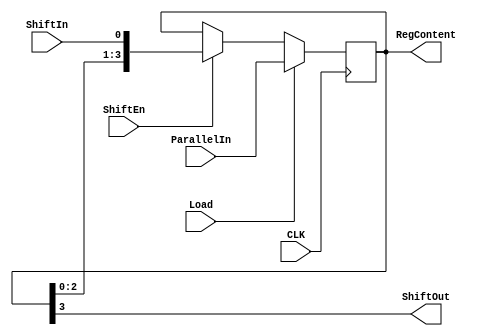
`timescale 1ns / 1ps

module fourbit_left_shift_register(CLK, ParallelIn, Load, ShiftEn, ShiftIn, RegContent, ShiftOut);

// Define external wires
input CLK;
input wire [3:0] ParallelIn;
input wire [0:0] Load;
input wire [0:0] ShiftEn;
input wire [0:0] ShiftIn;
output wire [3:0] RegContent;
output wire [0:0] ShiftOut;

reg [3:0] temp;

// Logic
always @(posedge CLK)
    if(Load)
        begin
            temp <= ParallelIn;
        end
    else if (ShiftEn)
        begin
            temp <= {RegContent[2:0], ShiftIn};
        end   
    assign ShiftOut = temp[3];
    assign RegContent = temp;

endmodule